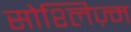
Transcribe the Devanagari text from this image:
सोश्लिज़्म